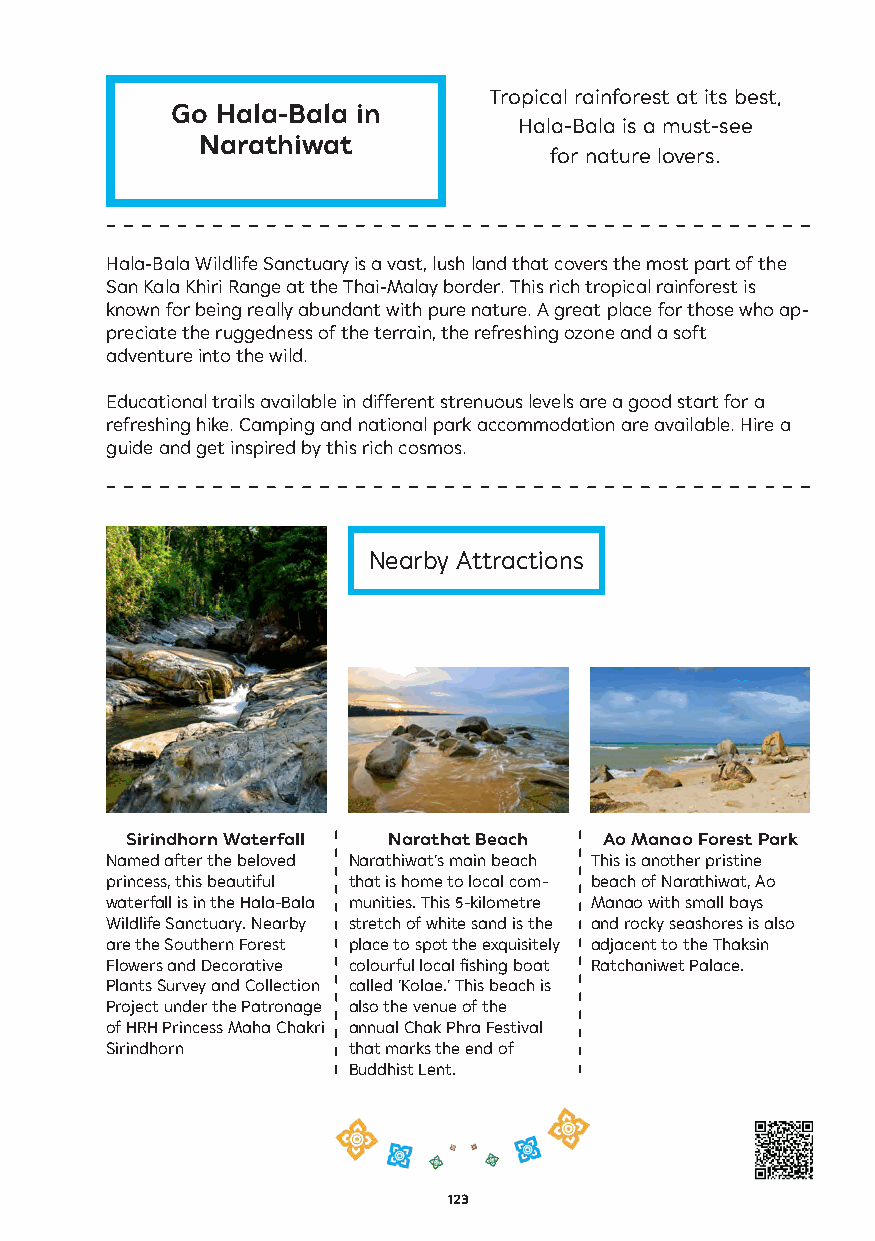
Tropical rainforest at its best,
 Go Hala-Bala in
 Hala-Bala is a must-see
 Narathiwat
 for nature lovers.
 Hala-Bala Wildlife Sanctuary is a vast, lush land that covers the most part of the
 San Kala Khiri Range at the Thai-Malay border. This rich tropical rainforest is
 known for being really abundant with pure nature. A great place for those who ap-
 preciate the ruggedness of the terrain, the refreshing ozone and a soft
 adventure into the wild.
 Educational trails available in different strenuous levels are a good start for a
 refreshing hike. Camping and national park accommodation are available. Hire a
 guide and get inspired by this rich cosmos.
 Nearby Attractions
 Sirindhorn Waterfall Narathat Beach Ao Manao Forest Park
 Named after the beloved Narathiwat’s main beach This is another pristine
 princess, this beautiful that is home to local com- beach of Narathiwat, Ao
 waterfall is in the Hala-Bala munities. This 5-kilometre Manao with small bays
 Wildlife Sanctuary. Nearby stretch of white sand is the and rocky seashores is also
 are the Southern Forest place to spot the exquisitely adjacent to the Thaksin
 Flowers and Decorative colourful local fishing boat Ratchaniwet Palace.
 Plants Survey and Collection called ‘Kolae.’ This beach is
 Project under the Patronage also the venue of the
 of HRH Princess Maha Chakri annual Chak Phra Festival
 Sirindhorn      that marks the end of
 Buddhist Lent.
 123